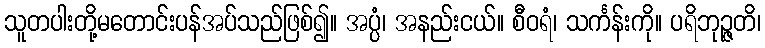
သူတပါးတို့မတောင်းပန်အပ်သည်ဖြစ်၍။ အပ္ပံ၊ အနည်းငယ်။ စီဝရံ၊ သင်္ကန်းကို။ ပရိဘုဉ္ဇတိ၊